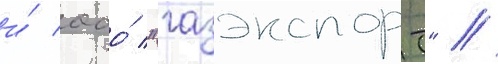
и́ ооо́ "газэкспорт" //